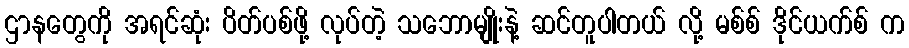
ဌာနတွေကို အရင်ဆုံး ပိတ်ပစ်ဖို့ လုပ်တဲ့ သဘောမျိုးနဲ့ ဆင်တူပါတယ် လို့ မစ်စ် ဒိုင်ယက်စ် က